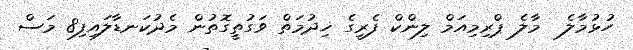
ހުޅުމާލެ  މާލެ ޕްރިމިއަމް ލިންކް ފެރީގެ ޚިދުމަތް ވަގުތީގޮތުން މެދުކަނޑާލައިފި8 މަސް